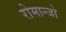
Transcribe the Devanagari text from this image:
रोमान्जो